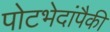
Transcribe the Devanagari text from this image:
पोटभेदांपैकी